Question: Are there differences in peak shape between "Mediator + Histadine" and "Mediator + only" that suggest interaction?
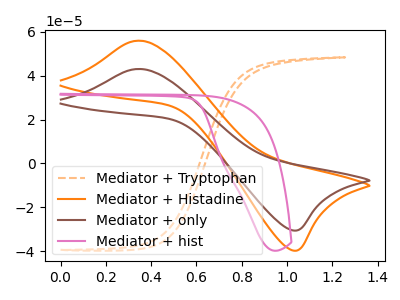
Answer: <think>The orange dashed curve "Mediator + Tryptophan" has no peaks. The orange curve "Mediator + Histadine" has an anodic peak at (0.35V, 55.95uA) and a cathodic peak at (1.05V, -39.70uA). The brown curve "Mediator + only" has an anodic peak at (0.35V, 43.05uA) and a cathodic peak at (1.05V, -30.55uA). The pink curve "Mediator + hist" has no peaks.
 All the peaks in "Mediator + Histadine" have a peak in "Mediator + only" at the same potential. Every peak in "Mediator + Histadine" is higher than every peak in "Mediator + only".</think>
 <answer>No, "Mediator + Histadine" and "Mediator + only" don't appear to be significantly different in shape</answer>
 <eval>no_change</eval>